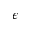
\epsilon